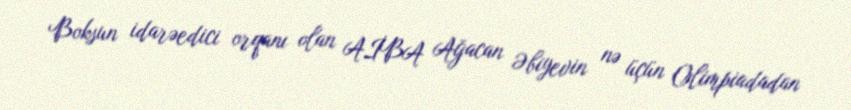
Boksun idarəedici orqanı olan AİBA Ağacan Əbiyevin nə üçün Olimpiadadan